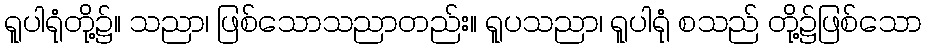
ရူပါရုံတို့၌။ သညာ၊ ဖြစ်သောသညာတည်း။ ရူပသညာ၊ ရူပါရုံ စသည် တို့၌ဖြစ်သော